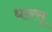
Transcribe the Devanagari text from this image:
धारसू